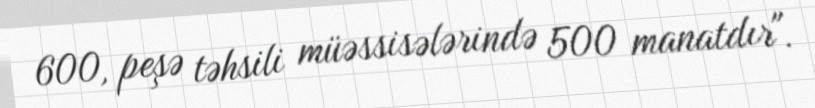
600, peşə təhsili müəssisələrində 500 manatdır".